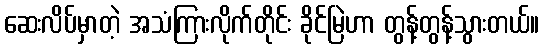
ဆေးလိပ်မှာတဲ့ အသံကြားလိုက်တိုင်း ခိုင်မြဲဟာ တွန့်တွန့်သွားတယ်။